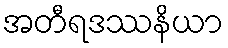
အတီရဒဿနိယာ